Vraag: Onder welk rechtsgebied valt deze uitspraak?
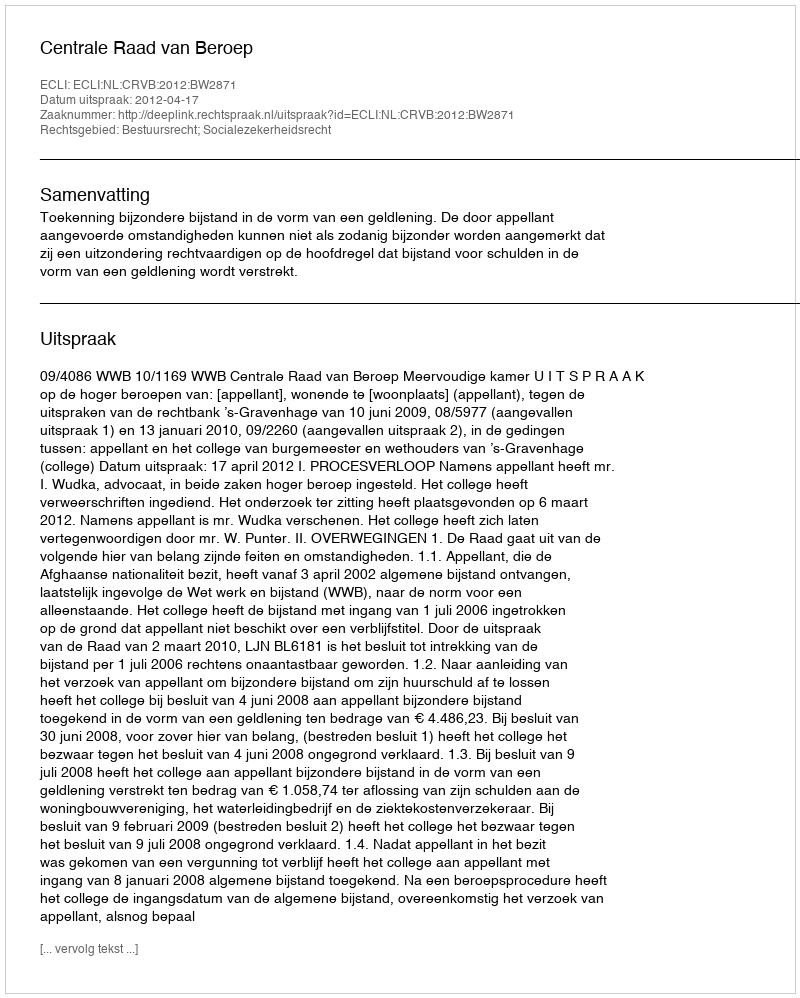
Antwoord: Bestuursrecht; Socialezekerheidsrecht